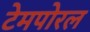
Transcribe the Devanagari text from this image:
टेमपोरल